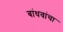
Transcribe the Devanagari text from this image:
बांधवांचा